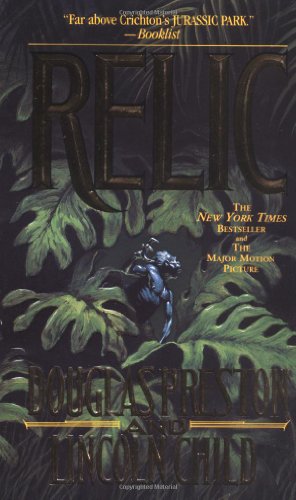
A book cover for Relic (Pendergast, Book 1); Douglas Preston; Mystery, Thriller & Suspense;